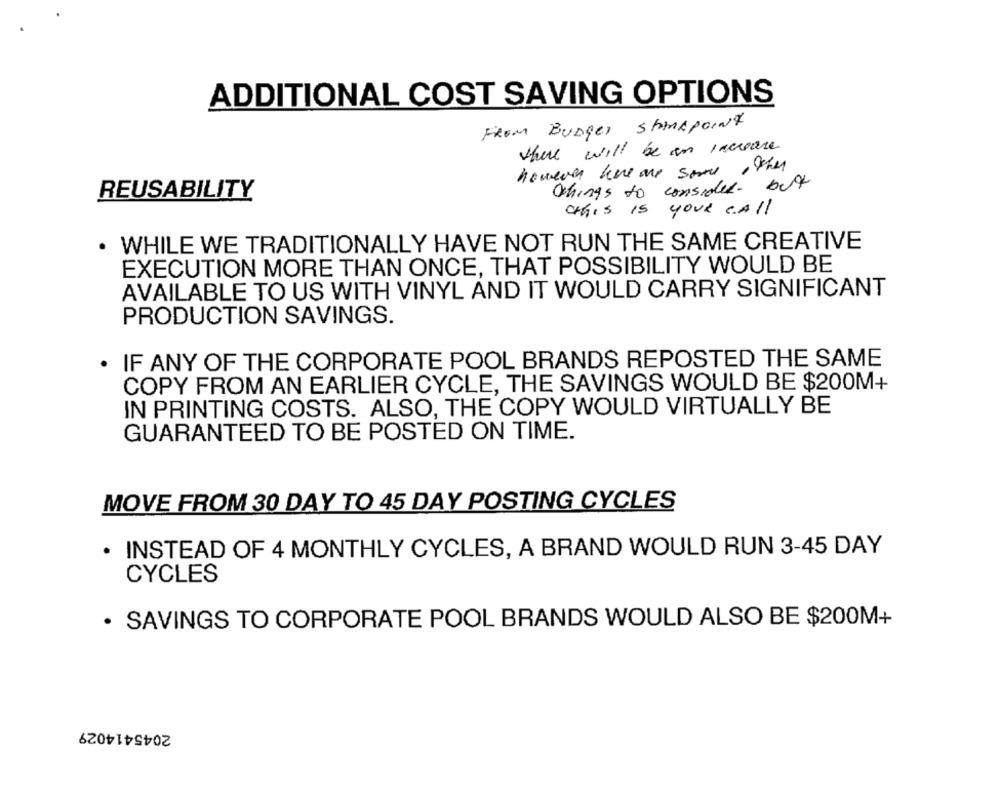
ADDITIONAL COST SAVING OPTIONS
FROM BUDger Standpoint
there will be an increase
however here are some other
Ochings to consider- but
REUSABILITY
this IS YOUR CALL
. WHILE WE TRADITIONALLY HAVE NOT RUN THE SAME CREATIVE
EXECUTION MORE THAN ONCE, THAT POSSIBILITY WOULD BE
AVAILABLE TO US WITH VINYL AND IT WOULD CARRY SIGNIFICANT
PRODUCTION SAVINGS.
. IF ANY OF THE CORPORATE POOL BRANDS REPOSTED THE SAME
COPY FROM AN EARLIER CYCLE, THE SAVINGS WOULD BE $200M+
IN PRINTING COSTS. ALSO, THE COPY WOULD VIRTUALLY BE
GUARANTEED TO BE POSTED ON TIME.
MOVE FROM 30 DAY TO 45 DAY POSTING CYCLES
. INSTEAD OF 4 MONTHLY CYCLES, A BRAND WOULD RUN 3-45 DAY
CYCLES
· SAVINGS TO CORPORATE POOL BRANDS WOULD ALSO BE $200M+
2045414029